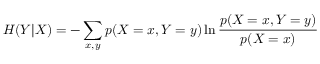
H ( Y | X ) = - \sum _ { x , y } p ( X = x , Y = y ) \ln \frac { p ( X = x , Y = y ) } { p ( X = x ) }